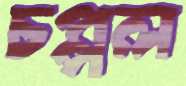
চপ্পল